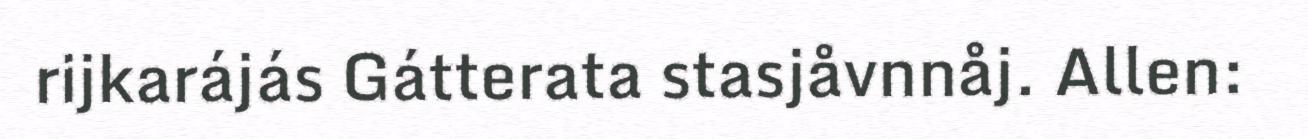
rijkarájás Gátterata stasjåvnnåj. Allen: